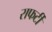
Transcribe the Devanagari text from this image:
राफर्टी